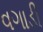
વગાડી